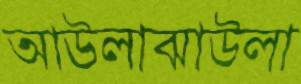
আউলাঝাউলা